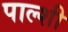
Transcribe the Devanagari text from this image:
पाल्शी